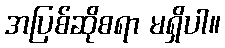
အပြစ်ဆိုစရာ မရှိပါ။